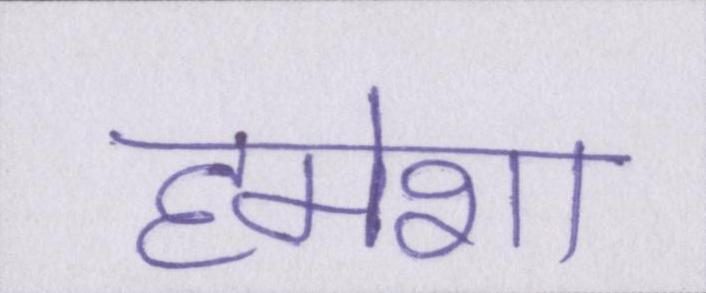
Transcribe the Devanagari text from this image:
हमेशा